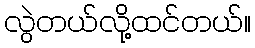
လွဲတယ်လို့ထင်တယ်။